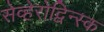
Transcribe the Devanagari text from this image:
सेव्हेरोद्विन्स्क